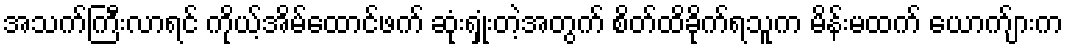
အသက်ကြီးလာရင် ကိုယ့်အိမ်ထောင်ဖက် ဆုံးရှုံးတဲ့အတွက် စိတ်ထိခိုက်ရသူက မိန်းမထက် ယောက်ျားက